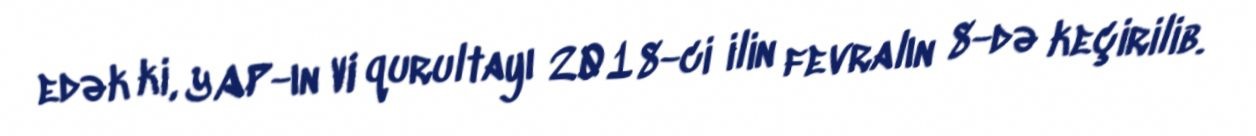
edək ki, YAP-ın VI qurultayı 2018-ci ilin fevralın 8-də keçirilib.